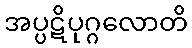
အပ္ပဋိပုဂ္ဂလောတိ